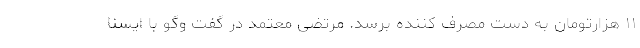
۱۱ هزارتومان به دست مصرف کننده برسد. مرتضی معتمد در گفت وگو با ایسنا